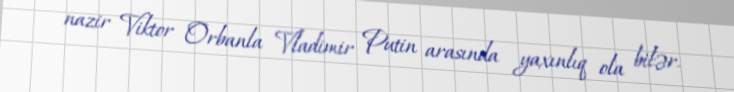
nazir Viktor Orbanla Vladimir Putin arasında yaxınlıq ola bilər.